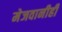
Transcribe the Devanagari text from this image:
मेजवानीही